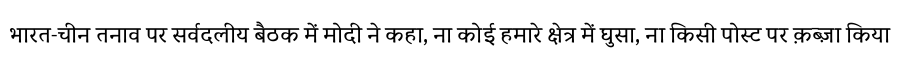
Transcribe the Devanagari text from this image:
भारत-चीन तनाव पर सर्वदलीय बैठक में मोदी ने कहा, ना कोई हमारे क्षेत्र में घुसा, ना किसी पोस्ट पर क़ब्ज़ा किया